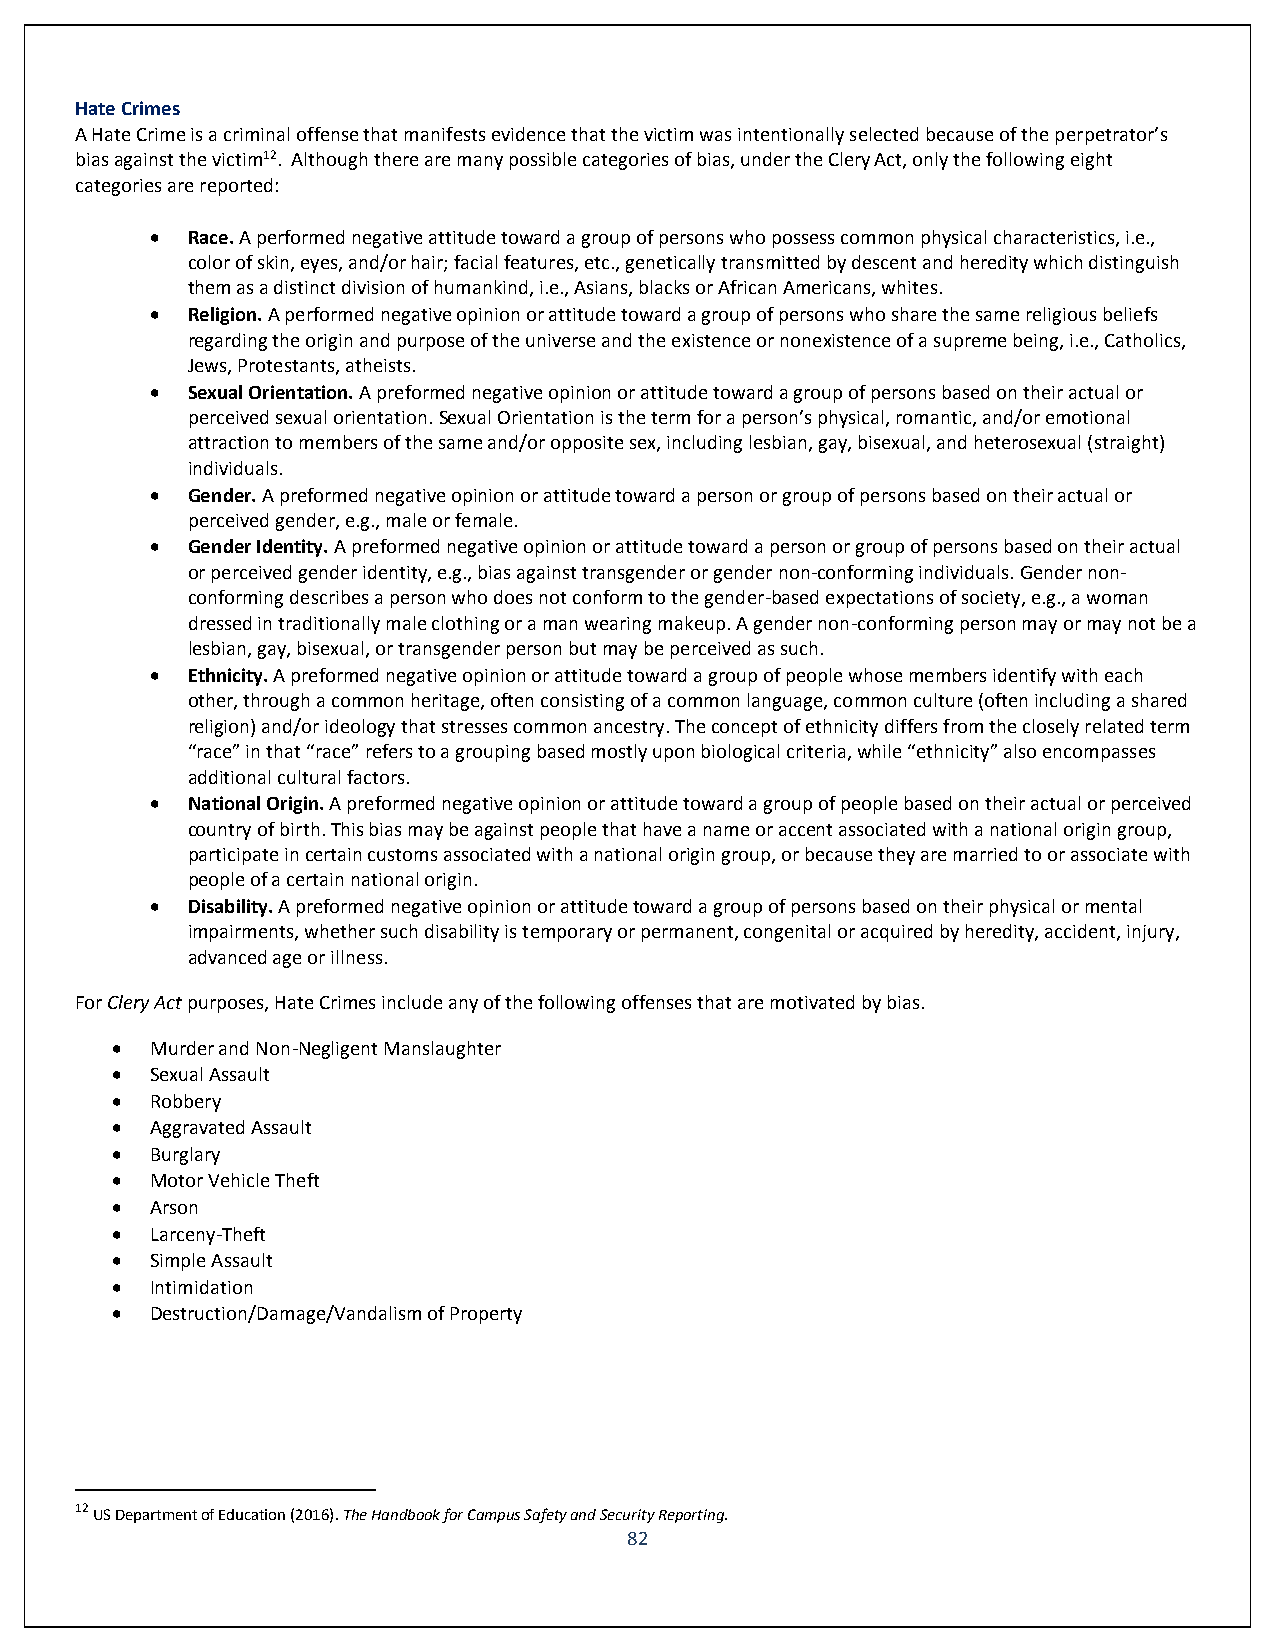
Hate Crimes
 A Hate Crime is a criminal offense that manifests evidence that the victim was intentionally selected because of the perpetrator’s
 bias against the victim12. Although there are many possible categories of bias, under the Clery Act, only the following eight
 categories are reported:
  Race. A performed negative attitude toward a group of persons who possess common physical characteristics, i.e.,
 color of skin, eyes, and/or hair; facial features, etc., genetically transmitted by descent and heredity which distinguish
 them as a distinct division of humankind, i.e., Asians, blacks or African Americans, whites.
  Religion. A performed negative opinion or attitude toward a group of persons who share the same religious beliefs
 regarding the origin and purpose of the universe and the existence or nonexistence of a supreme being, i.e., Catholics,
 Jews, Protestants, atheists.
  Sexual Orientation. A preformed negative opinion or attitude toward a group of persons based on their actual or
 perceived sexual orientation. Sexual Orientation is the term for a person’s physical, romantic, and/or emotional
 attraction to members of the same and/or opposite sex, including lesbian, gay, bisexual, and heterosexual (straight)
 individuals.
  Gender. A preformed negative opinion or attitude toward a person or group of persons based on their actual or
 perceived gender, e.g., male or female.
  Gender Identity. A preformed negative opinion or attitude toward a person or group of persons based on their actual
 or perceived gender identity, e.g., bias against transgender or gender non-conforming individuals. Gender non-
 conforming describes a person who does not conform to the gender-based expectations of society, e.g., a woman
 dressed in traditionally male clothing or a man wearing makeup. A gender non-conforming person may or may not be a
 lesbian, gay, bisexual, or transgender person but may be perceived as such.
  Ethnicity. A preformed negative opinion or attitude toward a group of people whose members identify with each
 other, through a common heritage, often consisting of a common language, common culture (often including a shared
 religion) and/or ideology that stresses common ancestry. The concept of ethnicity differs from the closely related term
 “race” in that “race” refers to a grouping based mostly upon biological criteria, while “ethnicity” also encompasses
 additional cultural factors.
  National Origin. A preformed negative opinion or attitude toward a group of people based on their actual or perceived
 country of birth. This bias may be against people that have a name or accent associated with a national origin group,
 participate in certain customs associated with a national origin group, or because they are married to or associate with
 people of a certain national origin.
  Disability. A preformed negative opinion or attitude toward a group of persons based on their physical or mental
 impairments, whether such disability is temporary or permanent, congenital or acquired by heredity, accident, injury,
 advanced age or illness.
 For Clery Act purposes, Hate Crimes include any of the following offenses that are motivated by bias.
   Murder and Non-Negligent Manslaughter
   Sexual Assault
   Robbery
   Aggravated Assault
   Burglary
   Motor Vehicle Theft
   Arson
   Larceny-Theft
   Simple Assault
   Intimidation
   Destruction/Damage/Vandalism of Property
 12 US Department of Education (2016). The Handbook for Campus Safety and Security Reporting.
 82